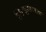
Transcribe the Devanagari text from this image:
जिगपृथक्कारक